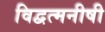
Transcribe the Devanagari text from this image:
विद्वत्मनीषी